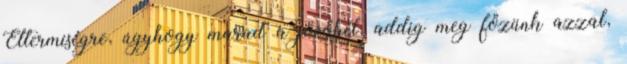
Éttermiségre, úgyhogy marad a jövőhét, addig meg főzünk azzal,